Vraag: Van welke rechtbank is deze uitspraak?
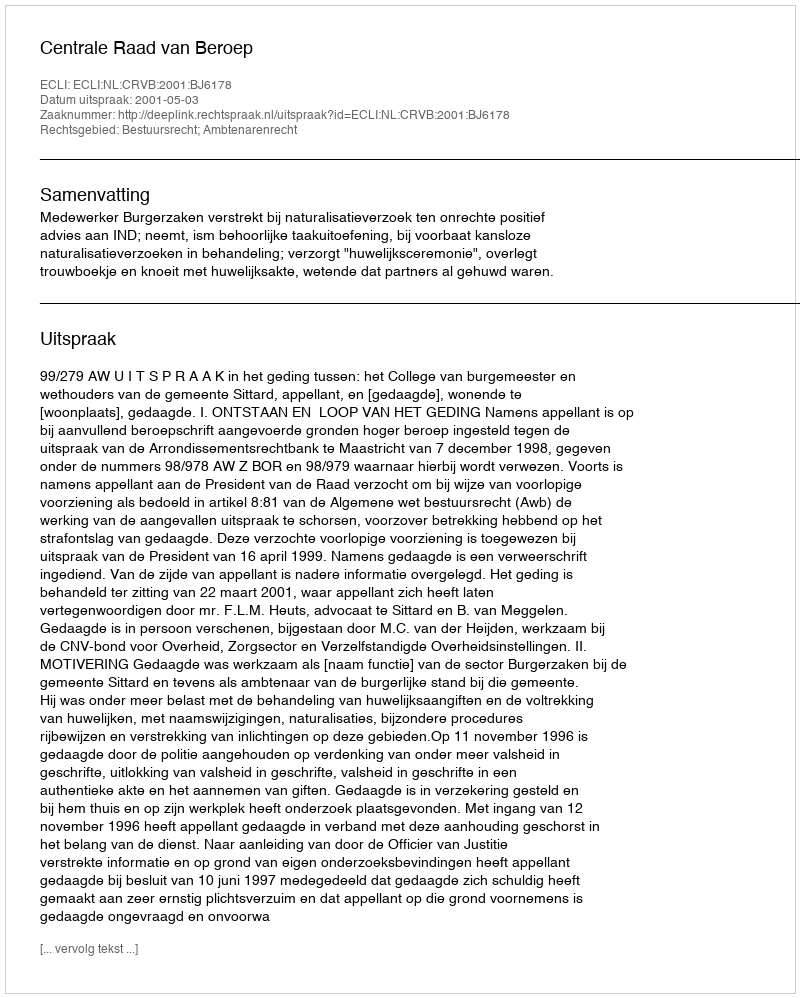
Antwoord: Centrale Raad van Beroep